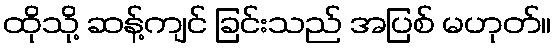
ထိုသို့ ဆန့်ကျင် ခြင်းသည် အပြစ် မဟုတ်။